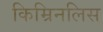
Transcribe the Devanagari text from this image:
किम्रिनलिस